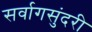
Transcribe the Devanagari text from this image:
सर्वागसुंदरी